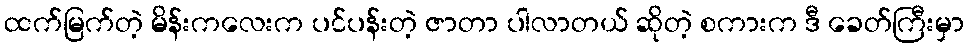
ထက်မြက်တဲ့ မိန်းကလေးက ပင်ပန်းတဲ့ ဇာတာ ပါလာတယ် ဆိုတဲ့ စကားက ဒီ ခေတ်ကြီးမှာ